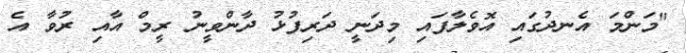
"މަންމަ އެނދުގައި އޮވެލާފައި މިދަނީ ދަރިފުޅު ދާންވީނު ރީމް އާއި ރުވާ އެ